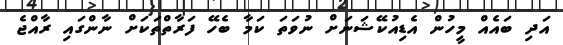
އަދި ބައެއް މީހުން އެޑިއުކޭޝަނަށް ނުވަތަ ކަމާ ބެހޭ ފަރާތްތަކަށް ނާންގައި ރާއްޖެ